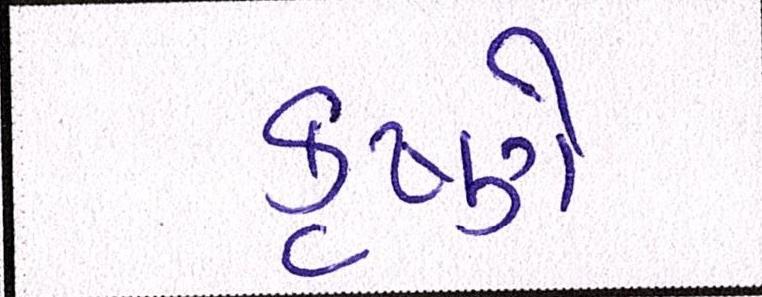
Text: કૃષ્ણે